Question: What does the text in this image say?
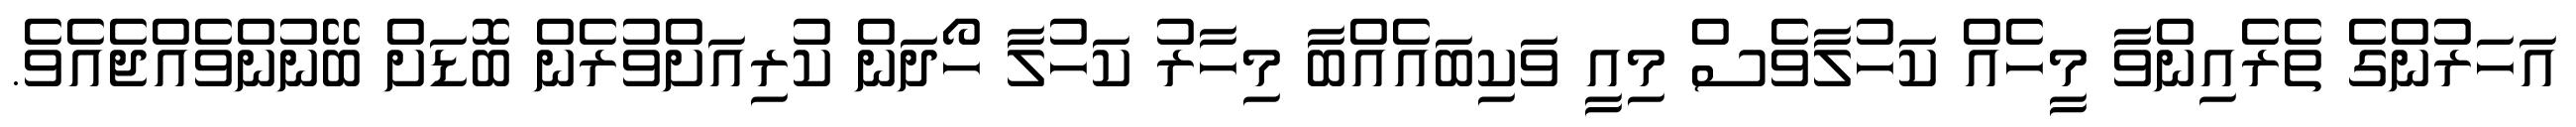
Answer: އަހަރުންގެ ތެރެއިންވާ މީހެއް ކަހުލާވެސް މިއީ ވަކިބައެއްބާ މިހާރު ކަހުލާ ހޯދަން ކުރިއަށްވުރެން ބޮޑަށް ބޭނުންވެއްޖެއެވެ.